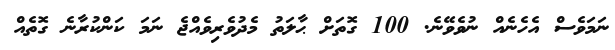
ނަމަވެސް އެހެނެއް ނުވެވޭނެ. 100 ގޮތަށް ޙާލަތު މެދުވެރިވެއްޖެ ނަމަ ކަންކުރާނެ ގޮތެއް